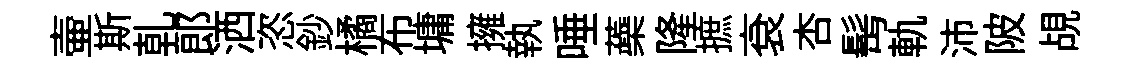
壷斯乹郞洒恣鈔橘布墉擁執唾蘃隆摭袞杏髩軌沛陂覘